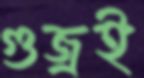
গুজ্‌রই